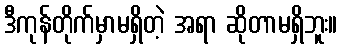
ဒီကုန်တိုက်မှာမရှိတဲ့ အရာ ဆိုတာမရှိဘူး။